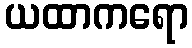
ယထာကရော